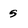
Character: 5